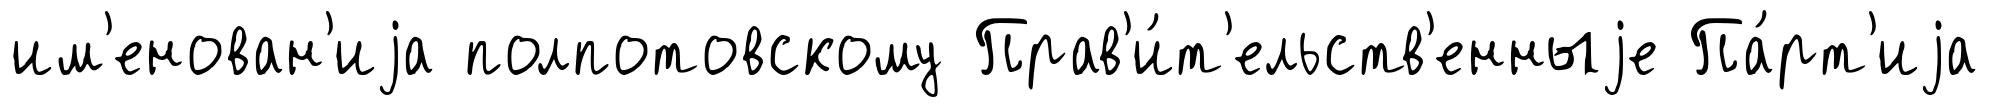
им'енован'иjа полпотовскому Прав'и́т'ельств'енныjе Па́рт'иjа